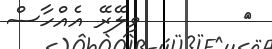
٣        ވިލޭރޭ އެއްހާސް